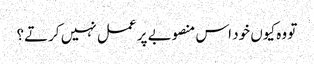
تو وہ کیوں خود اس منصوبے پر عمل نہیں کرتے؟